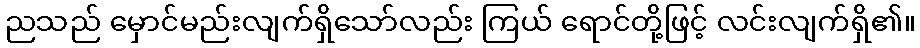
ညသည် မှောင်မည်းလျက်ရှိသော်လည်း ကြယ် ရောင်တို့ဖြင့် လင်းလျက်ရှိ၏။